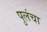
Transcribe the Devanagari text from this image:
पुलंचा